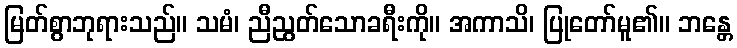
မြတ်စွာဘုရားသည်။ သမံ၊ ညီညွတ်သောခရီးကို။ အကာသိ၊ ပြုတော်မူ၏။ ဘန္တေ